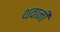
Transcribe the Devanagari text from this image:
थवानी